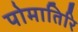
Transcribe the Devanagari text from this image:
पोमातिरि